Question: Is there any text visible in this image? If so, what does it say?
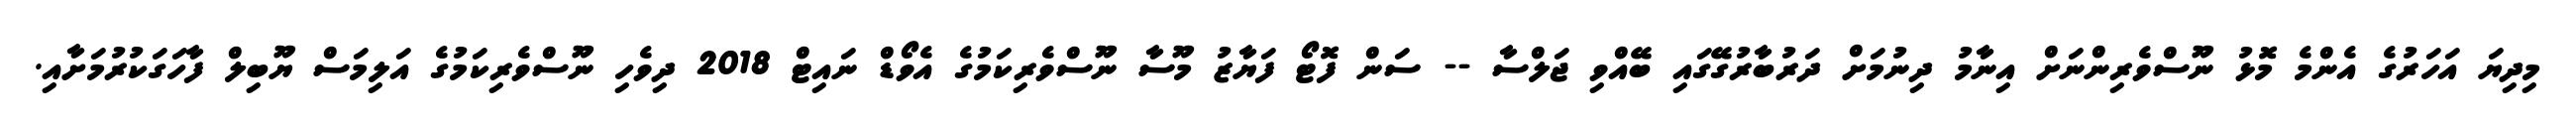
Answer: މިދިޔަ އަހަރުގެ އެންމެ މޮޅު ނޫސްވެރިންނަށް އިނާމު ދިނުމަށް ދަރުބާރުގޭގައި ބޭއްވި ޖަލްސާ -- ސަން ފޮޓޯ ފަޔާޒު މޫސާ ނޫސްވެރިކަމުގެ އެވޯޑް ނައިޓް 2018 ދިވެހި ނޫސްވެރިކަމުގެ އަލިމަސް ޔޫބިލް ފާހަގަކުރުމަށާއި.